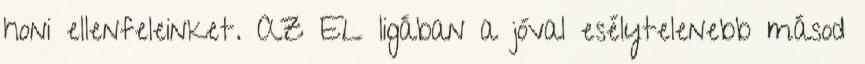
honi ellenfeleinket. AZ EL ligában a jóval esélytelenebb másod